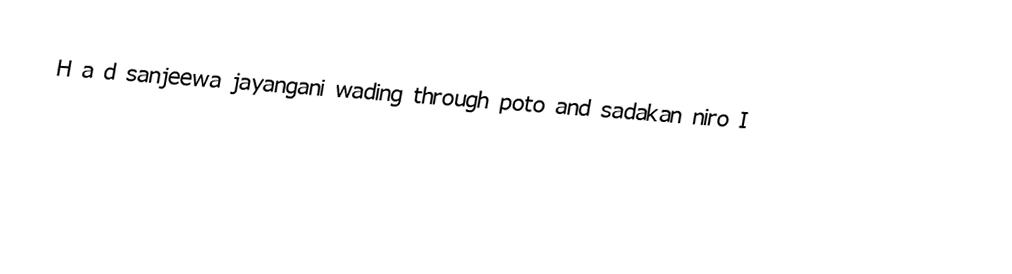
H a d sanjeewa jayangani wading through poto and sadakan niro I